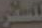
للسفر